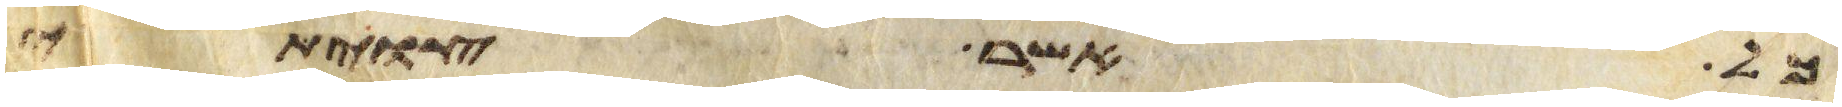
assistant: ככל אשר צויתי